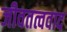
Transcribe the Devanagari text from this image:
जीवतत्ववाद